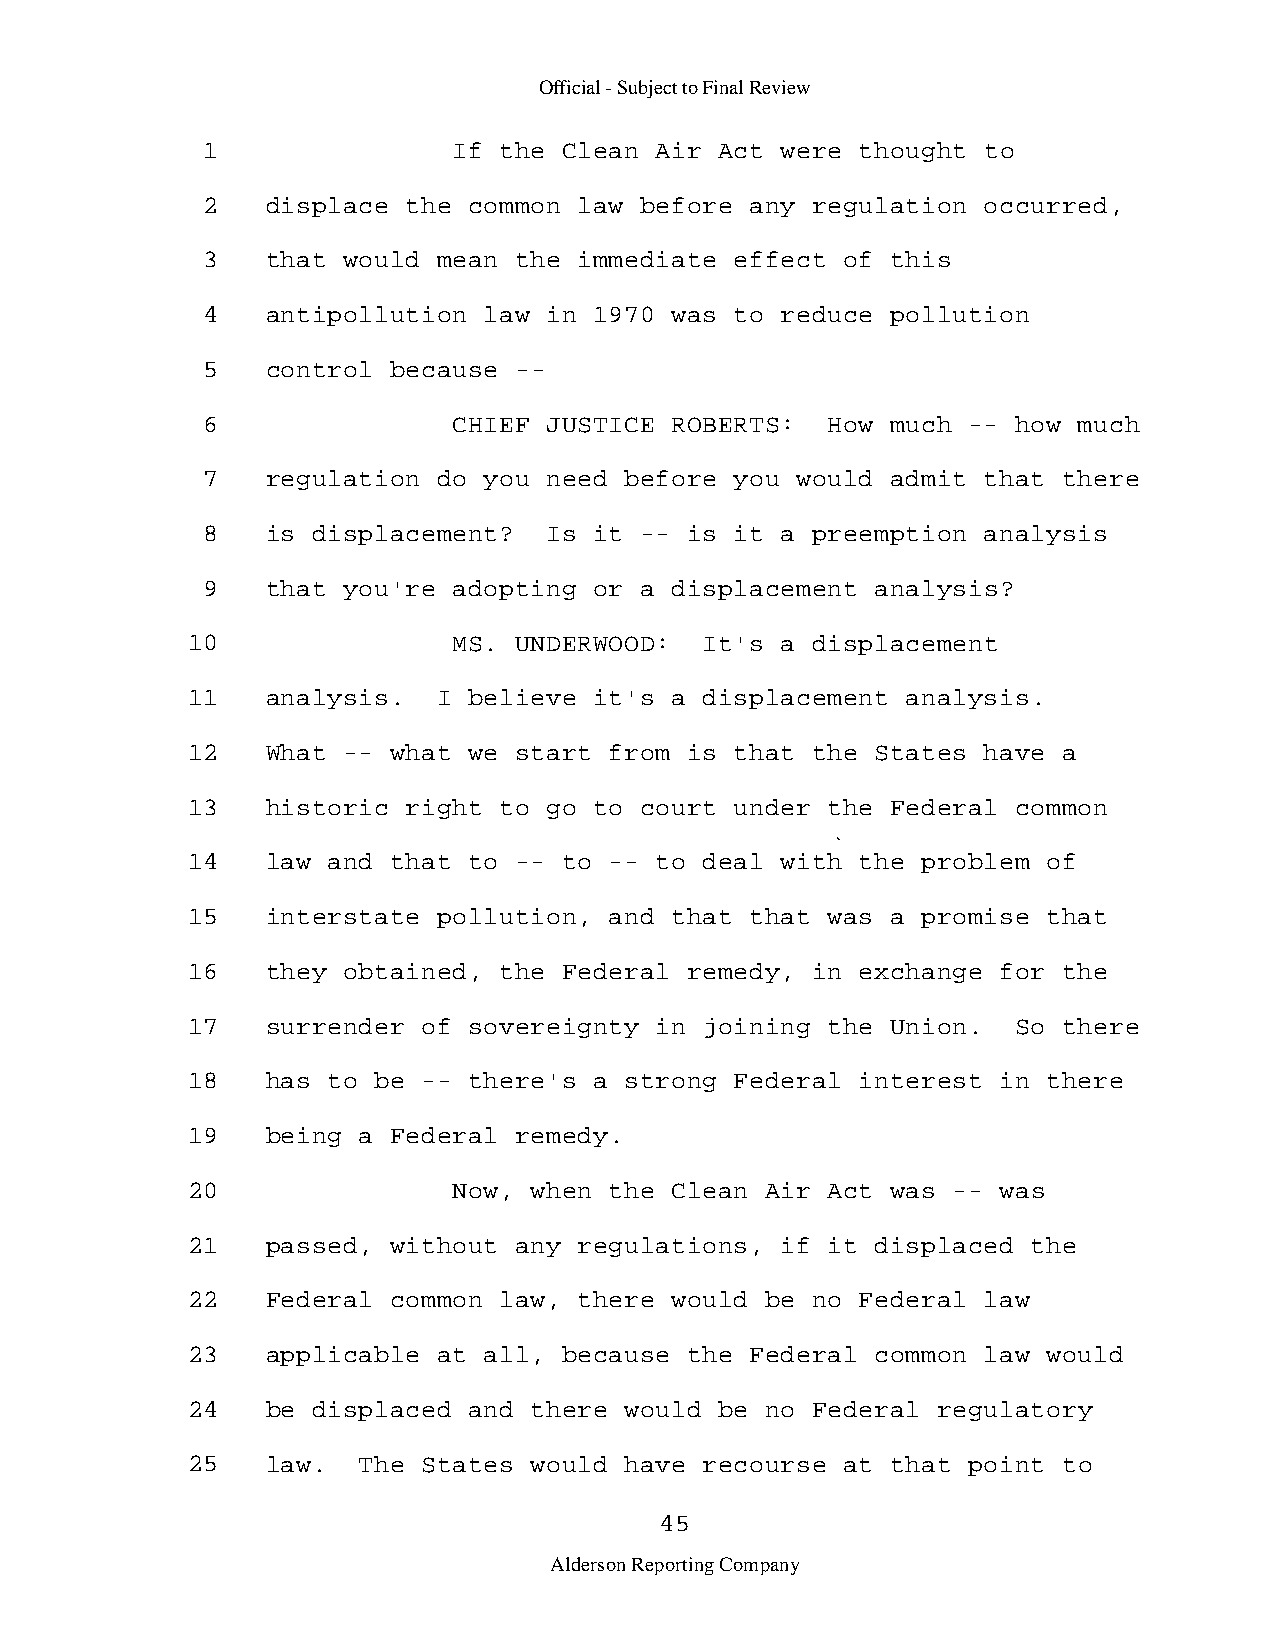
Official - Subject to Final Review
 1                If the Clean Air  Act were thought to
 2    displace the common law before  any regulation occurred,
 3    that would mean the immediate  effect of this
 4    antipollution law in 1970 was  to reduce pollution
 5    control because -­
 6                CHIEF JUSTICE ROBERTS:   How much -- how much
 7    regulation do you need before  you would admit that there
 8    is displacement?  Is it --  is it a preemption analysis
 9    that you're adopting or a displacement  analysis?
 10                MS. UNDERWOOD:   It's a displacement
 11    analysis.  I believe it's a  displacement analysis.
 12    What -- what we start from  is that the States have a
 13    historic right to go to court  under the Federal common
 14    law and that to -- to -- to  deal with the problem of
 15    interstate pollution, and that  that was a promise that
 16    they obtained, the Federal  remedy, in exchange for the
 17    surrender of sovereignty in  joining the Union.  So there
 18    has to be -- there's a strong  Federal interest in there
 19    being a Federal remedy.
 20                Now, when the Clean  Air Act was -- was
 21    passed, without any regulations,  if it displaced the
 22    Federal common law, there would  be no Federal law
 23    applicable at all, because  the Federal common law would
 24    be displaced and there would  be no Federal regulatory
 25    law.  The States would have  recourse at that point to
 45
 Alderson Reporting Company